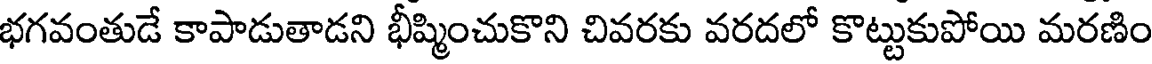
భగవంతుడే కాపాడుతాడని భీష్మించుకొని చివరకు వరదలో కొట్టుకుపోయి మరణిం